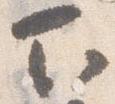
下